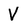
Character: V